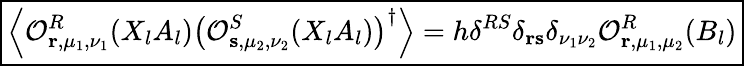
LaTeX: \boxed{\left\langle\mathcal{O}_{\mathbf{r},\mu_{1},\nu_{1}}^{R}(X_{l}A_{l})\left(\mathcal{O}_{\mathbf{s},\mu_{2},\nu_{2}}^{S}(X_{l}A_{l})\right)^{\dagger}\right\rangle=h\delta^{RS}\delta_{\mathbf{r}\mathbf{s}}\delta_{\nu_{1}\nu_{2}}\mathcal{O}_{\mathbf{r},\mu_{1},\mu_{2}}^{R}(B_{l})}